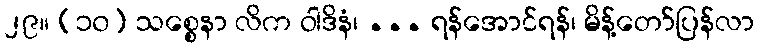
၂၉။ (၁၀) သစ္စေနာ လိက ဝါဒိနံ၊ ... ရန်အောင်ရန်၊ မိန့်တော်ပြန်လာ